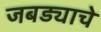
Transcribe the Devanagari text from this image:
जबड्याचे